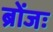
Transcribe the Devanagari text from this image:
ब्रोंजः